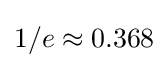
1/e\approx 0.368